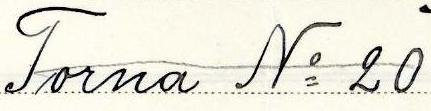
Torna No 20